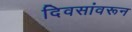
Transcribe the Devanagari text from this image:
दिवसांवरून